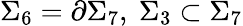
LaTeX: \Sigma_{6}=\partial\Sigma_{7},\ \Sigma_{3}\subset\Sigma_{7}